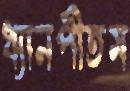
ধ্যানপীতম